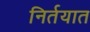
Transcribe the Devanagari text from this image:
निर्तयात